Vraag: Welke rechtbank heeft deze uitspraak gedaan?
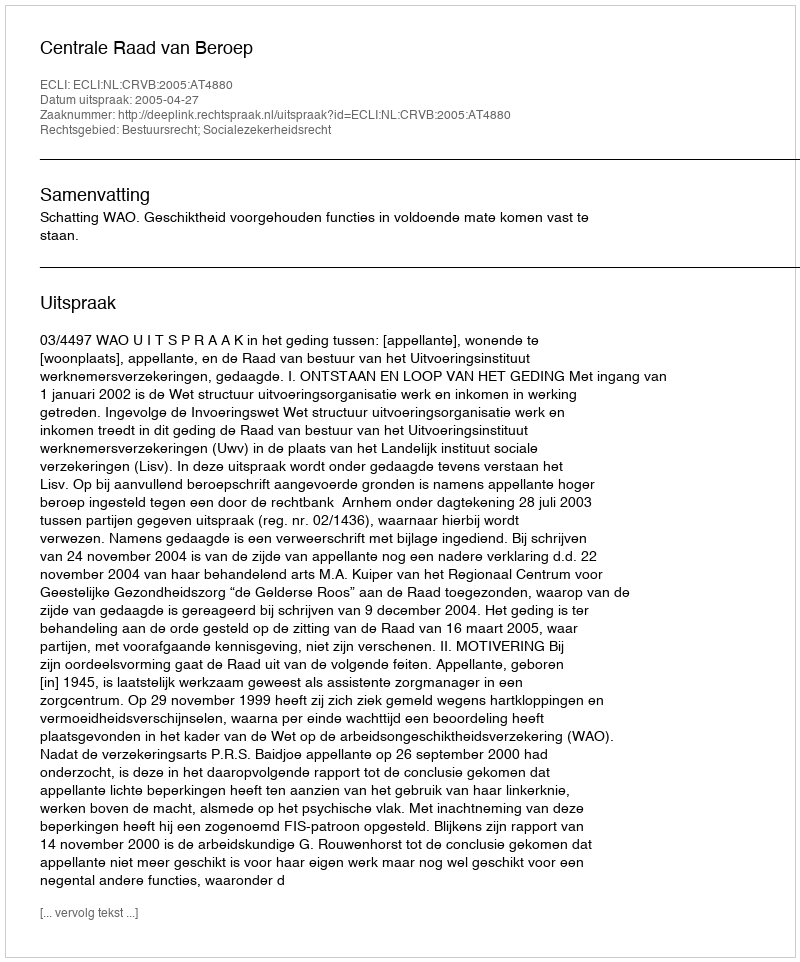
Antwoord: Centrale Raad van Beroep